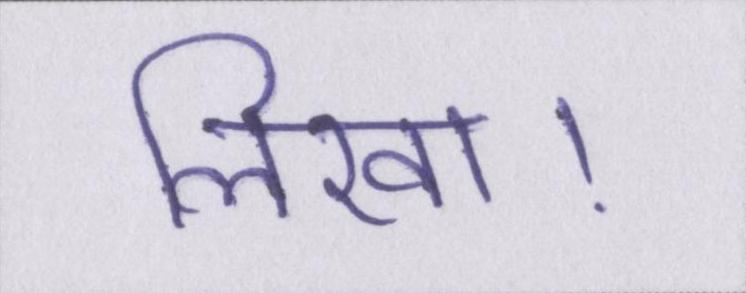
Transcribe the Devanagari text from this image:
लिखा।